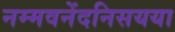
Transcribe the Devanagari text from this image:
नम्मवनेंदनिसयया